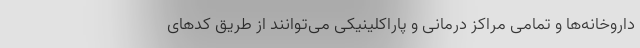
داروخانه‌ها و تمامی مراکز درمانی و پاراکلینیکی می‌توانند از طریق کدهای